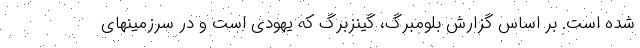
شده است. بر اساس گزارش بلومبرگ، گینزبرگ که یهودی است و در سرزمینهای